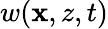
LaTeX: w(\mathbf{x},z,t)